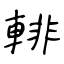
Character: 輫